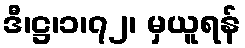
ဒီ၊ဋ္ဌ၊၁၊၇၂၊ မှယူရန်